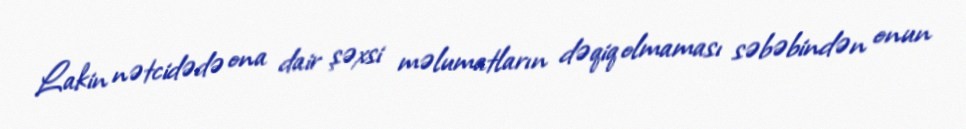
Lakin nətcidədə ona dair şəxsi məlumatların dəqiq olmaması səbəbindən onun